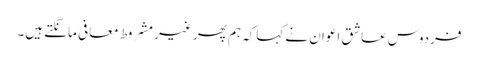
فردوس عاشق اعوان نے کہاکہ ہم پھر غیر مشروط معافی مانگتے ہیں۔